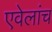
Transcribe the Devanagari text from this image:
एवेलांच